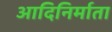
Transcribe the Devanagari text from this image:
आदिनिर्माता